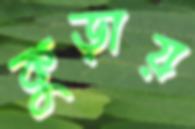
কুড়ায়